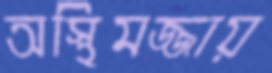
অস্থিমজ্জায়